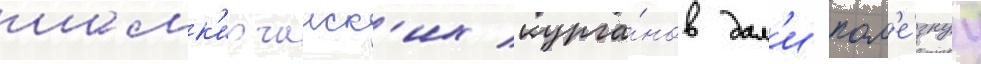
шамк'ирчаиск'их курга́нов дал'и пол'е́знуу